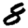
Digit: 8